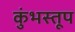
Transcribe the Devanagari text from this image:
कुंभस्तूप